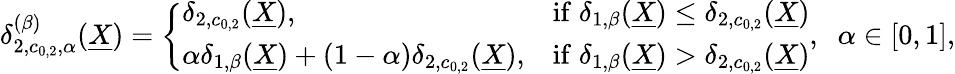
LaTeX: \begin{array}{r}{\delta_{2,c_{0,2},\alpha}^{(\beta)}(\underline{{X}})=\left\{ \begin{array}{ll}{\delta_{2,c_{0,2}}(\underline{{X}}),}&{\mathrm{if}\; \delta_{1,\beta}(\underline{{X}})\leq\delta_{2,c_{0,2}}(\underline{{X}})}\\ {\alpha\delta_{1,\beta}(\underline{{X}})+(1-\alpha)\delta_{2,c_{0,2}}(\underline{{X}}),}&{\mathrm{if}\; \delta_{1,\beta}(\underline{{X}})>\delta_{2,c_{0,2}}(\underline{{X}})}\end{array}\right.,\; \; \alpha\in[0,1],}\end{array}